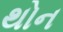
થોન